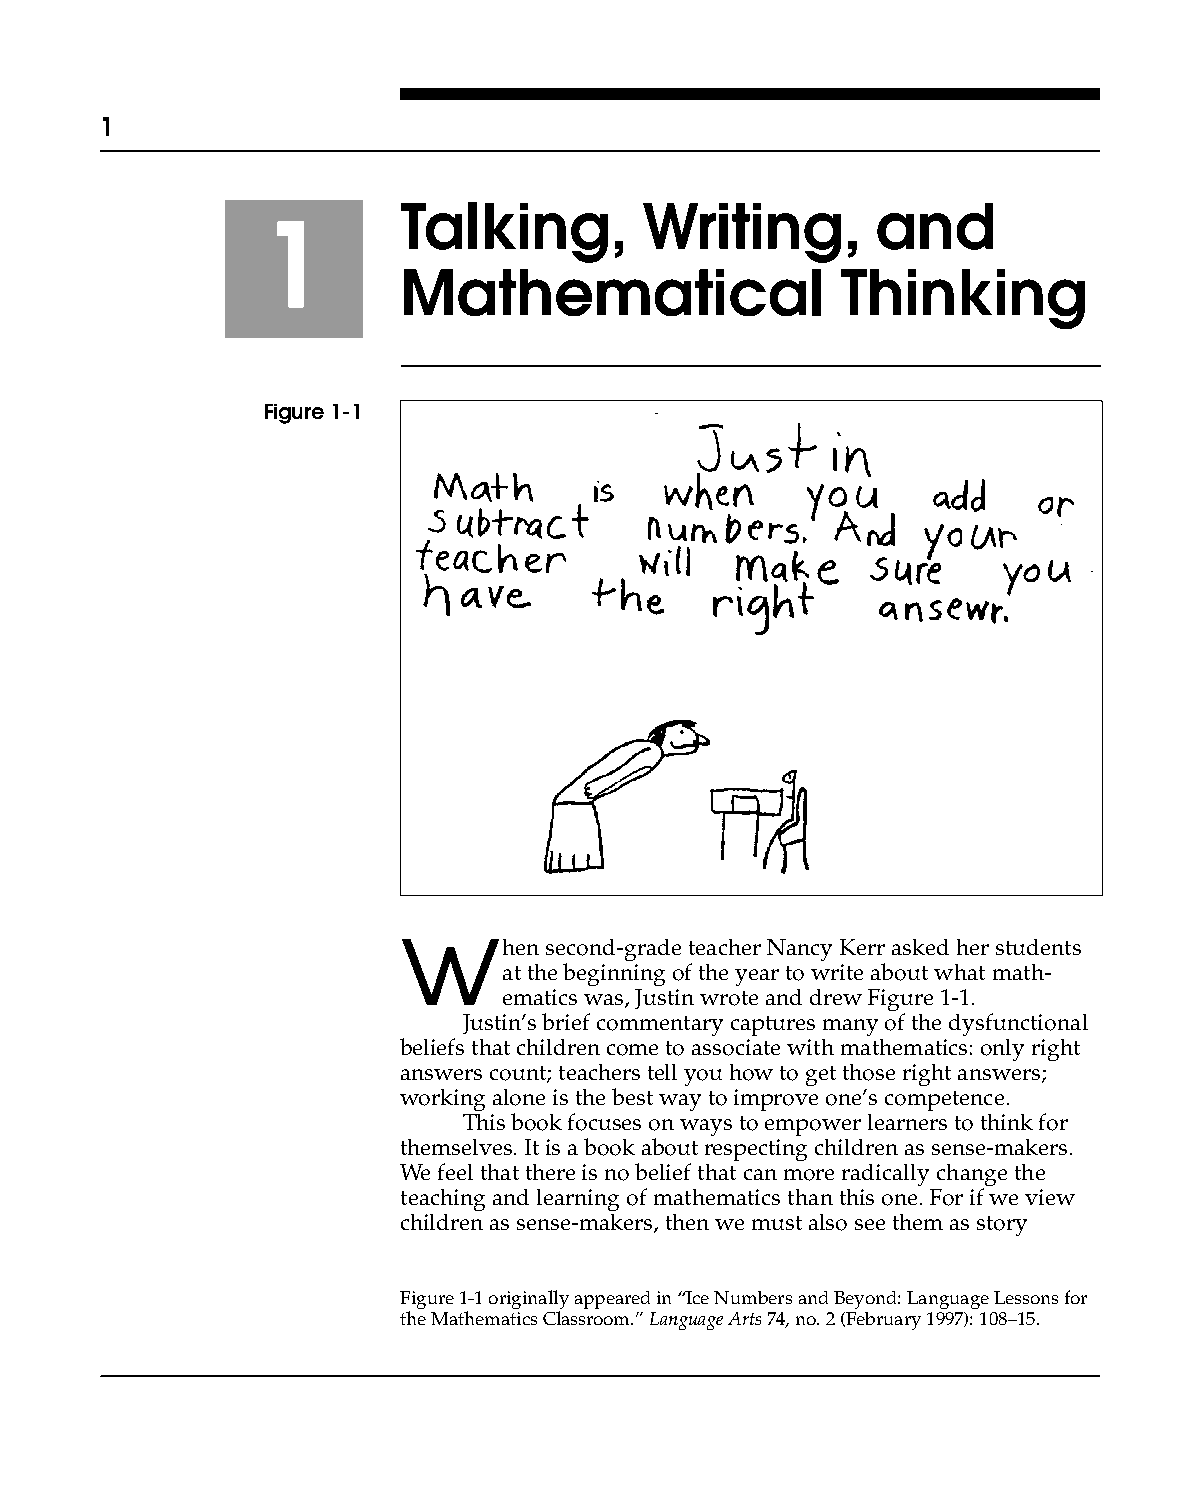
1                               Talking, Writing, and Mathematical Thinking
 Talking,        Writing,       and
 1
 Mathematical                 Thinking
 Figure 1-1
 w
 hen second-grade teacher Nancy Kerr asked her students
 at the beginning of the year to write about what math-
 ematics was, Justin wrote and drew Figure 1-1.
 Justin’s brief commentary captures many of the dysfunctional
 beliefs that children come to associate with mathematics: only right
 answers count; teachers tell you how to get those right answers;
 working alone is the best way to improve one’s competence.
 This book focuses on ways to empower learners to think for
 themselves. It is a book about respecting children as sense-makers.
 We feel that there is no belief that can more radically change the
 teaching and learning of mathematics than this one. For if we view
 children as sense-makers, then we must also see them as story
 Figure 1-1 originally appeared in “Ice Numbers and Beyond: Language Lessons for
 the Mathematics Classroom.” Language Arts 74, no. 2 (February 1997): 108–15.
 001-17            1                             1/5/03, 10:21 PM